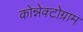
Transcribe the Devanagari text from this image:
कोन्नेक्टोग्राम